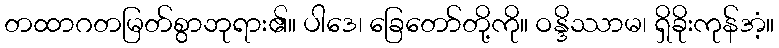
တထာဂတမြတ်စွာဘုရား၏။ ပါဒေ၊ ခြေတော်တို့ကို။ ဝန္ဒိဿာမ၊ ရှိခိုးကုန်အံ့။